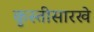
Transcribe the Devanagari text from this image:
कुस्तीसारखे